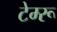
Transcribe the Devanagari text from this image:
टेम्‍रू